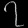
Digit: ၇